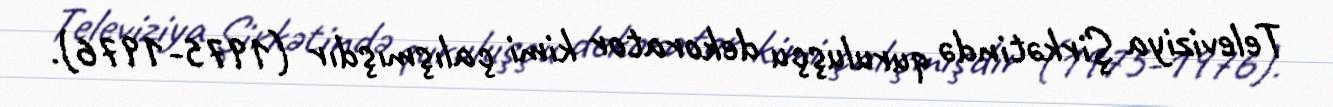
Televiziya Şirkətində quruluşçu dekorator kimi çalışmışdır (1975-1976).